King Institute of Preventive Medicine Micro-Biological Section reports 1909-11
Year: 1909
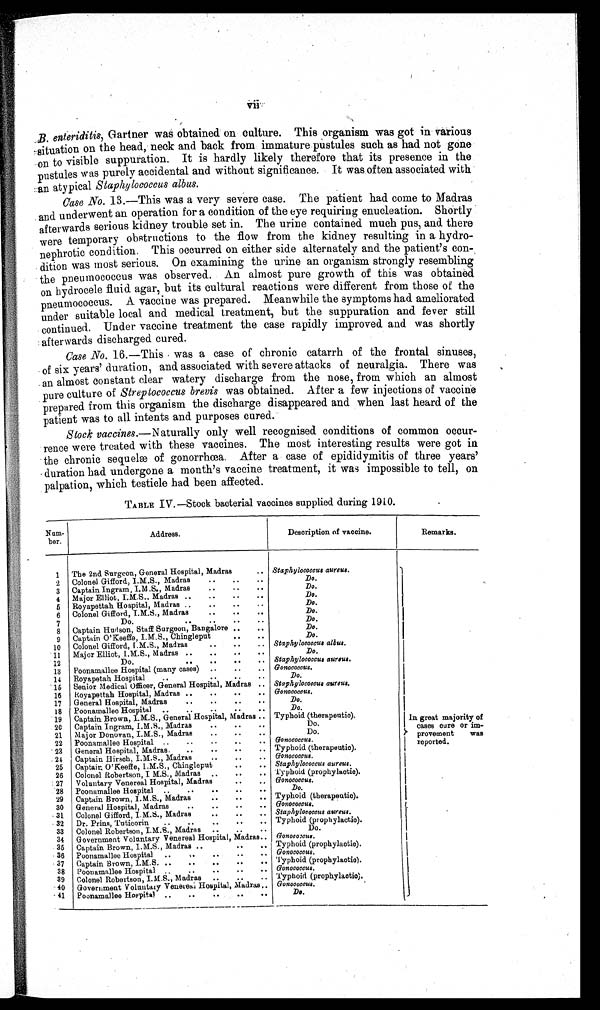
_B. ente riditis, Gartner was obtained on culture. This organism was got in various
-.situatio n on the head, neck and back from immature pustules such as had not gone
on to visible suppuration. It is hardly likely therefore that its presence in the
pustules was purely accidental and without significance. It was often associated with
an atypical Staphylococcus albus.
Case No. 13.—This was a very severe case. The patient had come to Madras
and underwent an operation for a condition of the eye requiring enucleation. Shortly
afterwards serious kidney trouble set in. The urine contained much pus, and. there
were temporary obstructions to the flow from the kidney resulting in a
hydronephrotic condition. This occurred on either side alternately and the patient's con-
dition was most serious. On examining the urine an organism strongly resembling
the pneumococcus was observed.. An almost pure growth of this was obtained
on hydrocele fluid agar, but its cultural reactions were different from those of the
pneumococcus. A vaccine was prepared. Meanwhile the symptoms had ameliorated
under suitable local and medical treatment, but the suppuration and fever still
continued. Under vaccine treatment the case rapidly improved and was shortly
afterwards discharged cured.
Case No. 16.—This was a case of chronic catarrh of the frontal sinuses,
of six years' duration, and associated with severe attacks of neuralgia. There was
. an almost constant clear watery discharge from the nose, from which an almost
pure culture of Streptococcus brevis was obtained. After a few injections of vaccine
prepared from this organism the discharge disappeared and when last heard of the
patient was to all intents and purposes cured.
Stock vaccines.—Naturally only well recognised conditions of common occur-
rence were treated with these vaccines. The most interesting results were got in
the chronic sequelæ of gonorrhœa. After a case of epididymitis of three years'
duration had undergone a month's vaccine treatment, it was impossible to tell, on
palpation, which testicle had been affected.
TABLE IV.—Stock bacterial vaccines supplied during 1910.
Num-
ber.
Address.
Description of vaccine.
Remarks.
1
2
3
4
5
6
7
8
9
10
11
12
13
14
15
16
17
18
19
20
21
22
. 23
24
25
26
27
28
29
30
31
32
33
34
35
. 36
37
38
39
40
41
The 2nd Surgeon, General Hospital, Madras
..
Colonel Gifford., I.M.S., Madras
..
..
..
Captain Ingram I.M .S., Madras
..
...
Major Elliot, I.M.S.. Madras ..
..
. .
. .
Royapettah Hospital, Madras ,,
..
..
..
Colonel Gifford, I.M.S., Madras
..
..
..
Do.
..
..
Captain Hudson, Staff Surgeon, Bangalore ..
..
Captain O'Keeffe, I.M.S., Chingleput
. .
. .
Colonel Gifford, I.M.S., Madras
..
. .
. .
Major Elliot, I.M.S., Madras ..
..
..
..
Do.
..
..
..
..
Poonamallee Hospital (many cases) ..
..
..
Royapetah Hospital
..
..
..
..
Senior Medical Officer, General Hospital, Madras ..
Royapettah Hospital, Madras ..
..
..
..
General Hospital, Madras
..
..
..
..
Poonamallee Hospital
..
..
..
..
Captain Brown, I.M.S., General Hospital, Madras ..
Captain Ingram, I.M.S., Madras
..
..
..
Major Donovan, I.M.S., Madras
..
..
..
Poonamallee Hospital ..
..
..
..
..
General Hospital, Madras.
..
..
..
..
Captain Hirsch, I.M.S., Madras.
....
Captain O'Keeffe, I.M.S., Chingleput
..
..
Cobonel Robertson, I M.S. Madras ..
....
Voluntary Venereal Hospital, Madras
. .
. .
Poonamallee Hospital.
..
..
..
..
Captain Brown, I.M.S., * Madras
..
..
..
General Hospital, Madras
..
..
..
..
Colonel Gifford, I.M.S., Madras
..
..
..
Dr. Prins, Tuticorin
..
..
..
..
..
Colonel Robertson, I.M.S., Madras ..
.
..
Government Voluntary Venereal Hospital, Madras..
Captain Brown, I.M.S., Madras ..
..
..
Poonamallee Hospital ..
,.
Captain Brown,I . M . S .
. . . . . .
. .
. .
Poonamallee Hospital ..
..
..
..
..
Colonel Robertson, I.M.S., Madras ..
.
..
Government Voluntary Venereal Hospital, Madras,.
Poonamallee Hospital r ..
..
..
..
. .
Staphylococcus aureus.
Do.
Do.
Do.
Do.
Do.
Do.
Do.
Do.
Staphylococcus albus.
Do.
Staphylococcus aureus.
Gonococcus.
Do.
Staphylococcus aureus.
Gonococcus.
Do.
Do.
Typhoid. (therapeutic).
Do.
Do.
Gonococcus.
Typhoid (therapeutic).
Gonococcus.
Staphylococcus aureus.
Typhoid (prophylactic).
Gonococcus.
Do.
Typhoid (therapeutic).
Gonococcus.
Staphylococcus aureus.
Typhoid (prophylactic).
Do.
Gonococcus.
Typhoid (prophylactic).
Gonococcus.
Typhoid (prophylactic).
Gonococcus.
Typhoid (prophylactic).
Gonococcus.
Do.
In great majority of
cases cure or im-
provement
was
reported.
I
.